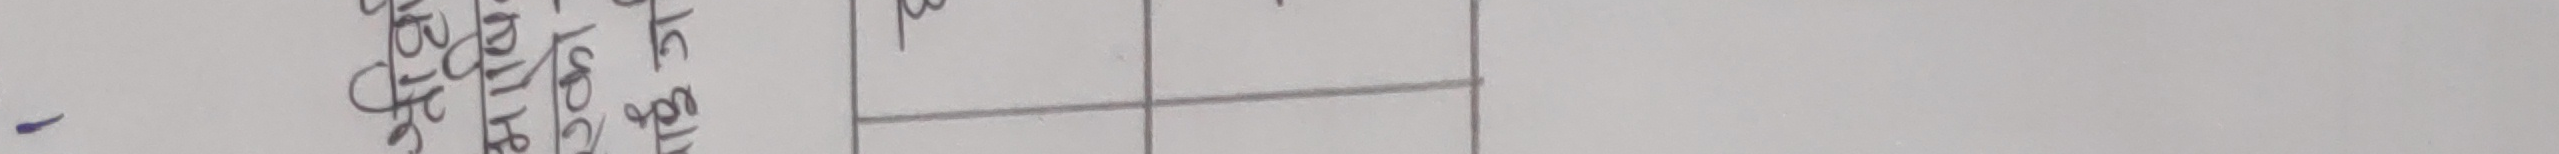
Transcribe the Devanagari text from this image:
बृद्धि दर ३०/४०